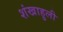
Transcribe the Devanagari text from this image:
शंखाहुली